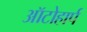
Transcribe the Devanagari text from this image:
ऑटोहार्प